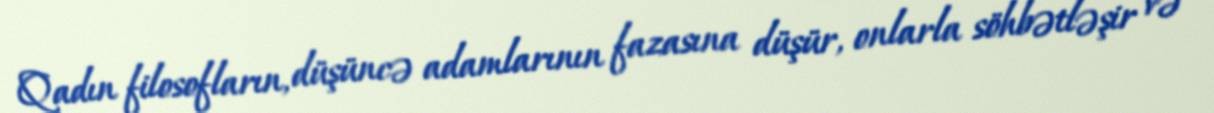
Qadın filosofların, düşüncə adamlarının fazasına düşür, onlarla söhbətləşir və